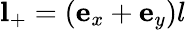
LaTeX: \mathbf{l}_{+}=(\mathbf{e}_{x}+\mathbf{e}_{y})l